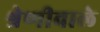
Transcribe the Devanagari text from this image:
श्रेणीवाले